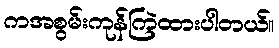
ကအစွမ်းကုန်ကြဲထားပါတယ်။